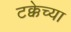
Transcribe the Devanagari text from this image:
टक्केच्या